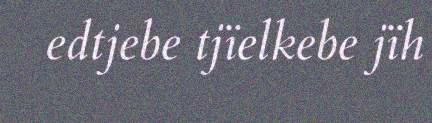
edtjebe tjïelkebe jïh